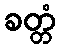
ခတ္တံ